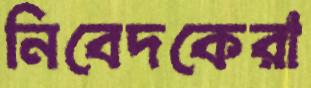
নিবেদকেরা